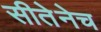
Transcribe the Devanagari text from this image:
सीतेनेच